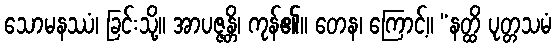
သောမနဿံ၊ ခြင်းသို့။ အာပဇ္ဇန္တိ၊ ကုန်၏။ တေန၊ ကြောင့်။ “နတ္ထိ ပုတ္တသမံ